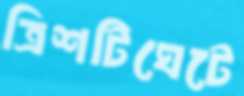
ত্রিশটিঘেটে